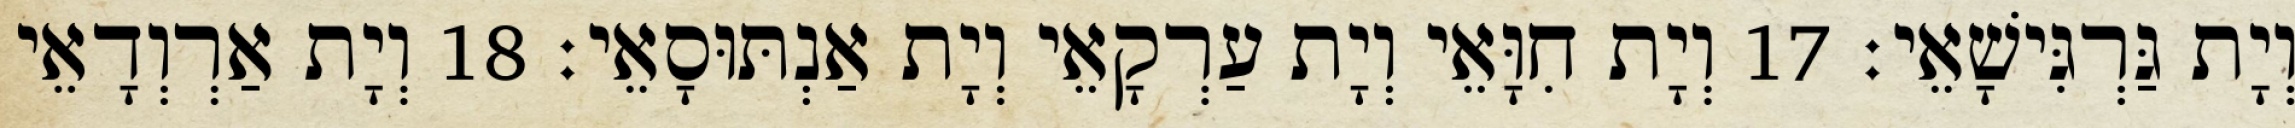
וְיָת גַּרְגִּישָׁאֵי׃ 17 וְיָת חִוָּאֵי וְיָת עַרְקָאֵי וְיָת אַנְתּוּסָאֵי׃ 18 וְיָת אַרְוְדָאֵי